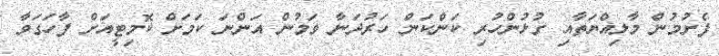
ފެށުމުން މާލިއްޔަތާއި ގުޅުންހުރި ކަންކަން ހަރުދަނާ ވަމުން އަންނަ ކަމަށް ކޮމިޓީއަށް ފާހަގަވާ